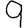
Digit: 9